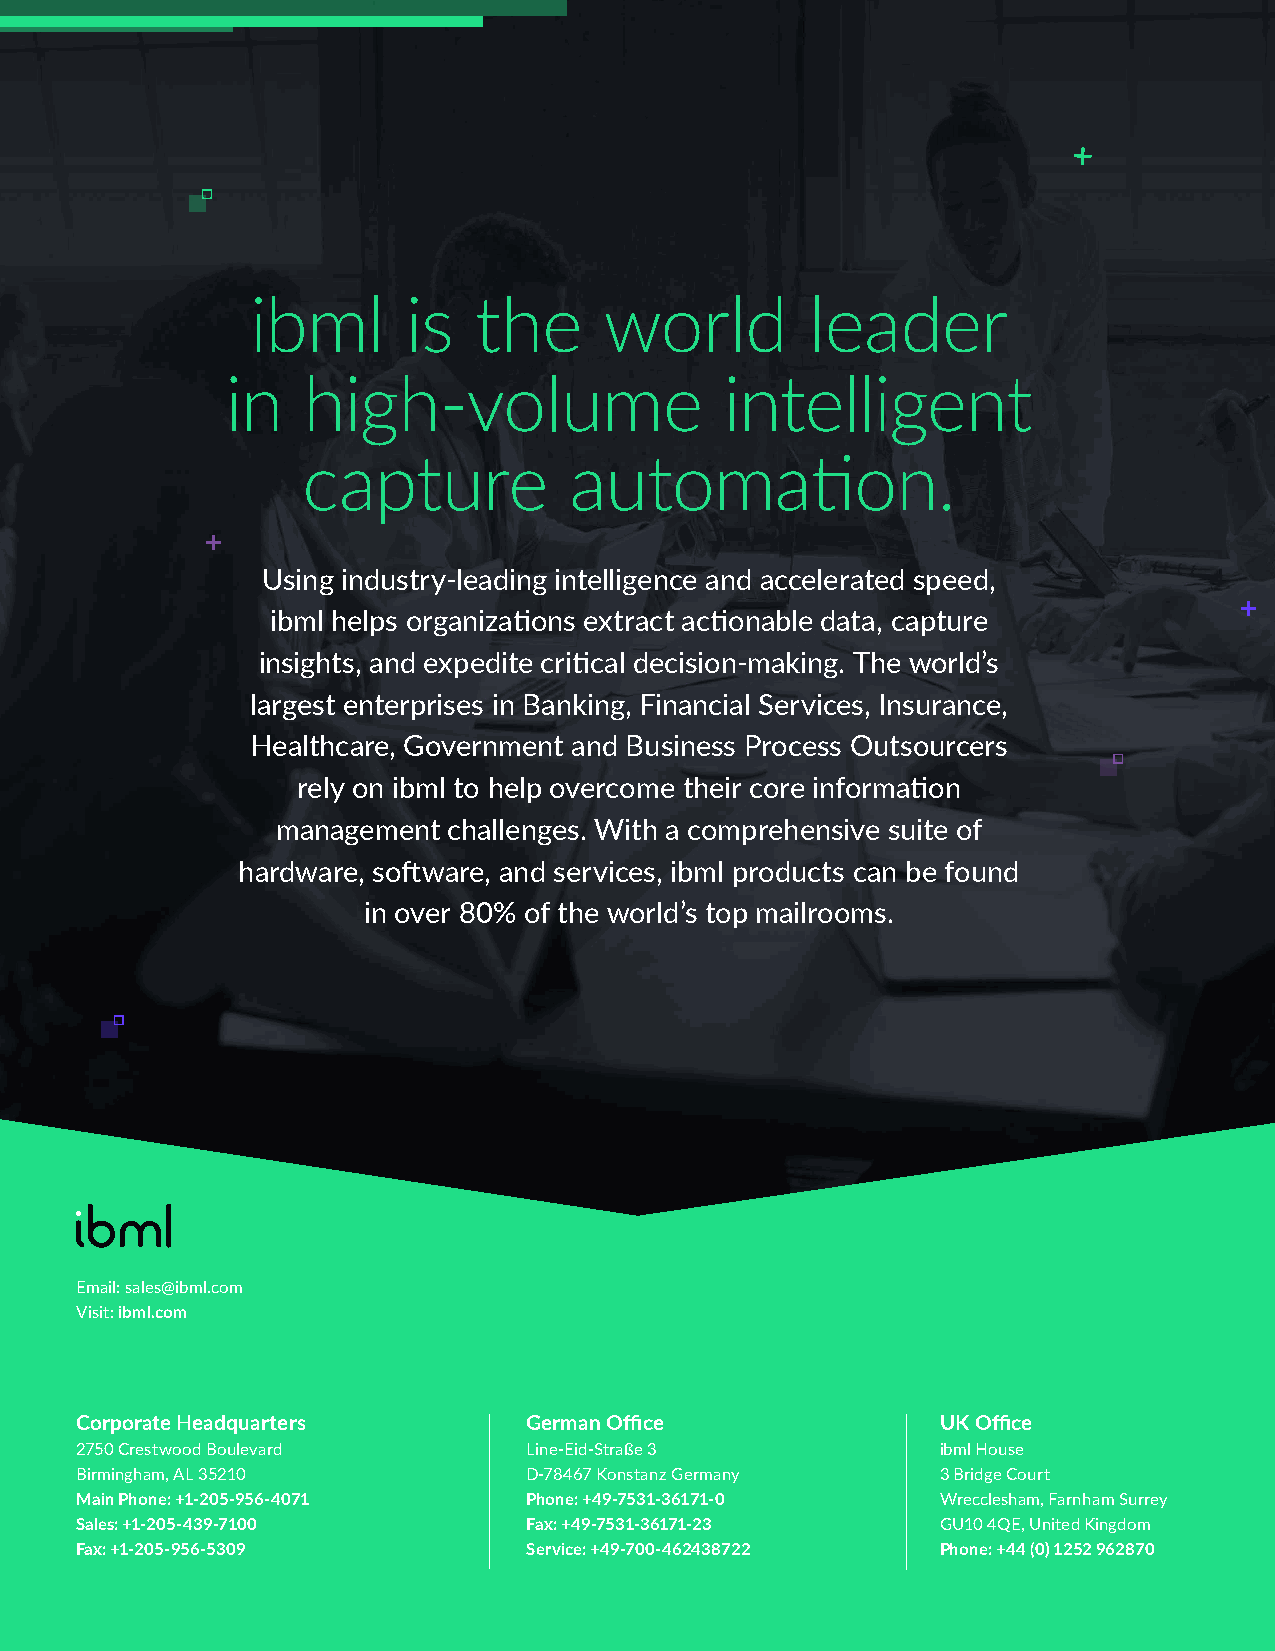
ibml      is  the      world         leader
 in   high-volume                 intelligent
 capture           automation.
 Using industry-leading intelligence and accelerated speed,
 ibml helps organizations extract actionable data, capture
 insights, and expedite critical decision-making. The world’s
 largest enterprises in Banking, Financial Services, Insurance,
 Healthcare, Government and Business Process Outsourcers
 rely on ibml to help overcome their core information
 management  challenges. With a comprehensive suite of
 hardware, software, and services, ibml products can be found
 in over 80% of the world’s top mailrooms.
 Email: sales@ibml.com
 Visit: ibml.com
 Corporate Headquarters        German Office              UK Office
 2750 Crestwood Boulevard      Line-Eid-Straße 3          ibml House
 Birmingham, AL 35210          D-78467 Konstanz Germany   3 Bridge Court
 Main Phone: +1-205-956-4071   Phone: +49-7531-36171-0    Wrecclesham, Farnham Surrey
 Sales: +1-205-439-7100        Fax: +49-7531-36171-23     GU10 4QE, United Kingdom
 Fax: +1-205-956-5309          Service: +49-700-462438722 Phone: +44 (0) 1252 962870